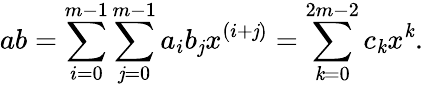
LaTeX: ab=\sum_{i=0}^{m-1}\sum_{\mathit{j}=0}^{m-1}a_{i}b_{\mathit{j}}x^{(i+\mathit{j})}=\sum_{\mathit{k}=0}^{2m-2}c_{\mathit{k}}x^{\mathit{k}}.